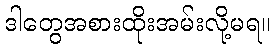
ဒါတွေအစားထိုးအမ်းလို့မရ။